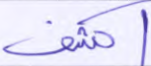
اكشف